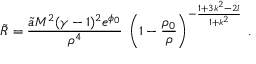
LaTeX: \tilde { R } = \frac { \tilde { a } M ^ { 2 } ( \gamma - 1 ) ^ { 2 } e ^ { \phi _ { 0 } } } { \rho ^ { 4 } } \; \left( 1 - \frac { \rho _ { 0 } } { \rho } \right) ^ { - \frac { 1 + 3 k ^ { 2 } - 2 l } { 1 + k ^ { 2 } } } \; .